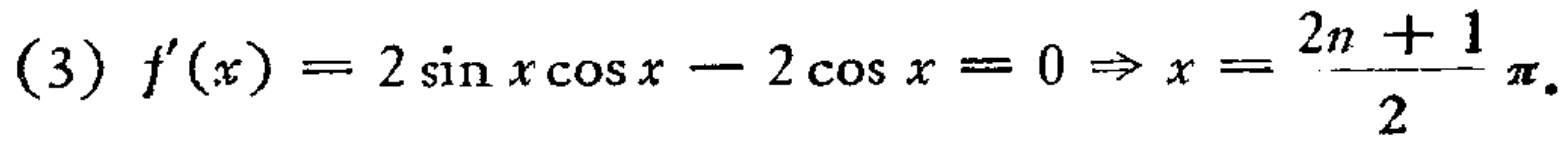
(3) \(f^{\prime}(x)=2\sin x\cos x - 2\cos x = 0\Rightarrow x=\frac{2n + 1}{2}\pi\)